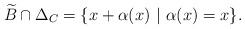
LaTeX: \begin{align*}\widetilde{B}\cap \Delta_C=\{x+\alpha(x)\ |\ \alpha(x)=x\}.\end{align*}